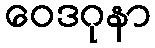
ဝေဒဂုနာ